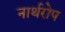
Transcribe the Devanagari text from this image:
नार्थरोप